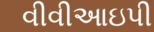
વીવીઆઇપી